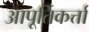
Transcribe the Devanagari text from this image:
आपूर्तिकर्त्ता